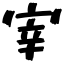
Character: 宰